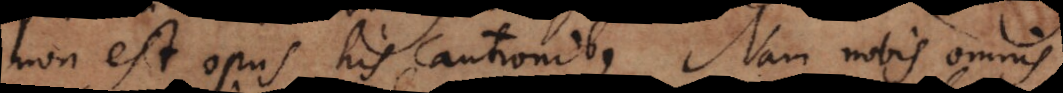
non est opus his cautionibus. Nam nobis omnis